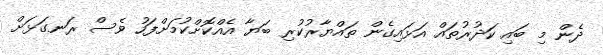
ދެން މި ބައި ކަދުރުތައް އަޅައިގެން ތައްޔާރުކުރި ބަޔާ އެއްކޮށްކުމަށްފަހު ވެސް ރަނގަޅަށް